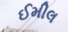
ઈમીલ